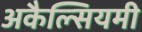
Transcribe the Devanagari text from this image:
अकैल्सियमी